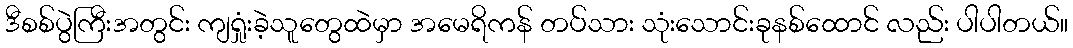
ဒီစစ်ပွဲကြီးအတွင်း ကျရှုံးခဲ့သူတွေထဲမှာ အမေရိကန် တပ်သား သုံးသောင်းခုနစ်ထောင် လည်း ပါပါတယ်။